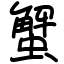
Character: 蟹